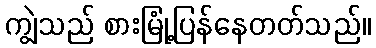
ကျွဲသည် စားမြုံ့ပြန်နေတတ်သည်။